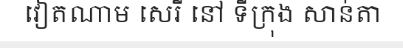
វៀតណាម សេរី នៅ ទីក្រុង សាន់តា